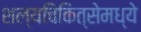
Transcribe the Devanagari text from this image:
शल्यचिकित्सेमध्ये